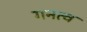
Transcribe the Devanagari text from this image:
गनत्व